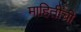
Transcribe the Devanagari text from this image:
माहितींची